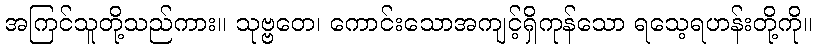
အကြင်သူတို့သည်ကား။ သုဗ္ဗတေ၊ ကောင်းသောအကျင့်ရှိကုန်သော ရသေ့ရဟန်းတို့ကို။